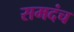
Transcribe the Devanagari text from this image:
समदंच